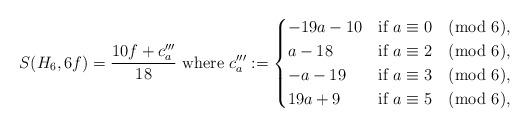
LaTeX: \begin{align*}S(H_6,6f) =\frac{10f+c_a'''}{18}\hbox{ where }c_a''':=\begin{cases}-19a-10&\hbox{if $a\equiv 0\pmod 6$},\\a-18&\hbox{if $a\equiv 2\pmod 6$},\\-a-19&\hbox{if $a\equiv 3\pmod 6$},\\19a+9&\hbox{if $a\equiv 5\pmod 6$},\end{cases}\end{align*}